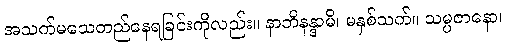
အသက်မသေတည်နေရခြင်းကိုလည်း။ နာဘိနန္ဒာမိ၊ မနှစ်သက်။ သမ္ပဇာနော၊